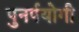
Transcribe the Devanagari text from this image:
पुनर्पयोगी